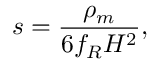
s = \frac { \rho _ { m } } { 6 f _ { R } H ^ { 2 } } ,